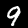
Digit: 9